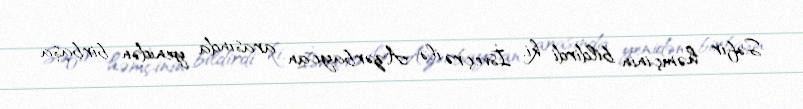
Səfir həmçinin bildirdi ki, İsveçrə ilə Azərbaycan arasında yenidən birbaşa